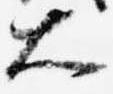
大